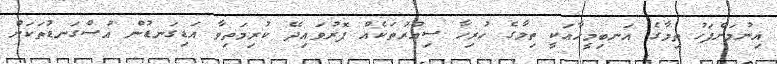
އިނުމަށްފަހު ތިމާގެ އަނބިމީހާއަކީ ތިމާގެ ހުރިހާ ސިއްރުތަކެއް ފޮރުވައިދޭ ކުރިމަތިވާ އަޑިގަނޑުން އުސްގަނޑުތަކަށް